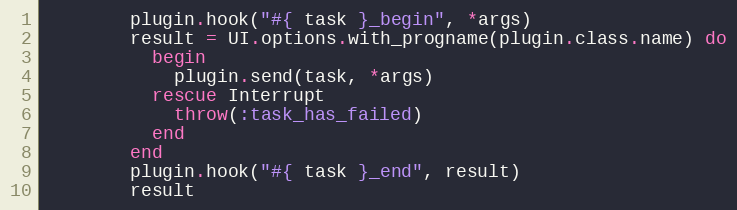
Language: Ruby
        plugin.hook("#{ task }_begin", *args)
        result = UI.options.with_progname(plugin.class.name) do
          begin
            plugin.send(task, *args)
          rescue Interrupt
            throw(:task_has_failed)
          end
        end
        plugin.hook("#{ task }_end", result)
        result